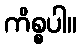
ကိစ္စပါ။